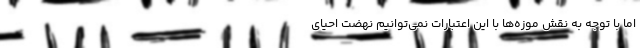
اما با توجه به نقش موزه‌ها با این اعتبارات نمی‌توانیم نهضت احیای